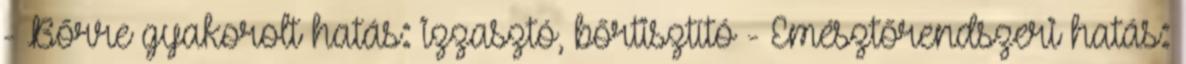
- Bőrre gyakorolt hatás: izzasztó, bőrtisztító - Emésztőrendszeri hatás: